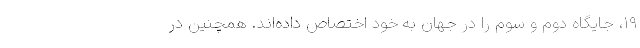
۱۹، جایگاه دوم و سوم را در جهان به خود اختصاص داده‌اند. همچنین در